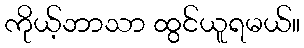
ကိုယ့်ဘာသာ ထွင်ယူရမယ်။